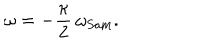
\omega = - \frac { \kappa } { 2 } \, \omega _ { \mathrm { S a m } } .